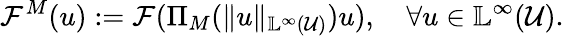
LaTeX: \mathcal{F}^{M}(u):=\mathcal{F}(\Pi_{M}(\Vert u\Vert_{\mathbb{L}^{\infty}(\mathcal{U})})u),\quad\forall u\in\mathbb{L}^{\infty}(\mathcal{U}).